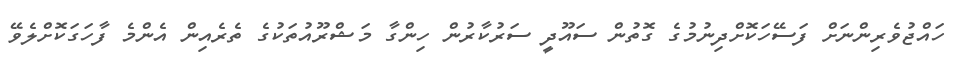
ހައްޖުވެރިންނަށް ފަސޭހަކޮށްދިނުމުގެ ގޮތުން ސައޫދީ ސަރުކާރުން ހިންގާ މަޝްރޫއުތަކުގެ ތެރެއިން އެންމެ ފާހަގަކޮށްލެވޭ